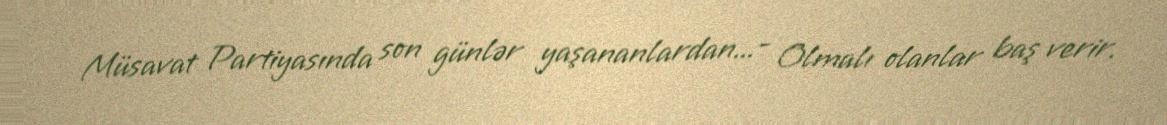
Müsavat Partiyasında son günlər yaşananlardan...- Olmalı olanlar baş verir.